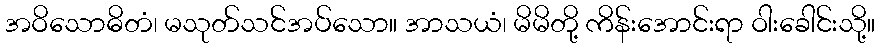
အဝိသောဓိတံ၊ မသုတ်သင်အပ်သော။ အာသယံ၊ မိမိတို့ ကိန်းအောင်းရာ ဝါးခေါင်းသို့။